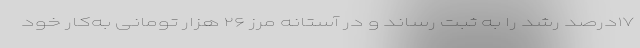
۱۷درصد رشد را به ثبت رساند و در آستانه مرز ۲۶ هزار تومانی به‌کار خود